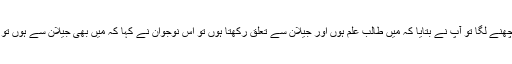
کھانے کے بعد وہ آپ سے آپ کا تعارف پوچھنے لگا تو آپ نے بتایا کہ میں طالب علم ہوں اور جیلان سے تعلق رکھتا ہوں تو اس نوجوان نے کہا کہ میں بھی جیلان سے ہوں تو کیا آپ ایک شخص عبد القادرکو جانتے ہیں؟